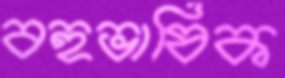
বহুভাষিক